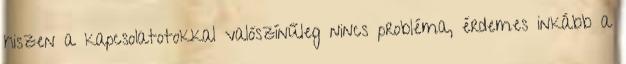
hiszen a kapcsolatotokkal valószínűleg nincs probléma, érdemes inkább a